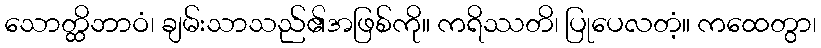
သောတ္ထိဘာဝံ၊ ချမ်းသာသည်၏အဖြစ်ကို။ ကရိဿတိ၊ ပြုပေလတံ့။ ကထေတွာ၊